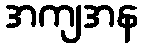
အကျအန